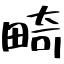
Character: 畸